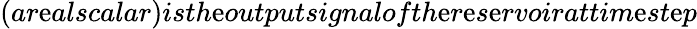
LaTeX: (ar\mathrm{e}alscalar)isth\mathrm{e}outputsignalofth\mathrm{e}r\mathrm{e}s\mathrm{e}rvoirattim\mathrm{e}st\mathrm{e}p